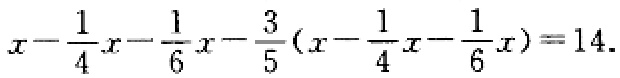
\(x-\frac{1}{4}x-\frac{1}{6}x-\frac{3}{5}(x-\frac{1}{4}x-\frac{1}{6}x)=14\)